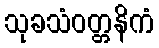
သုခသံဝတ္တနိကံ